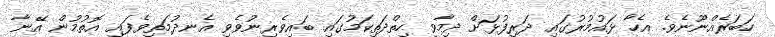
ހަބަރެއްނޫނެވެ. އެހާ ޅައުމުރުގައި ދަރިފުޅަށް ދިމާވި ހިތްދަތިކަމުގައި ބައިވެރިނުވެވި އެނދުމަތިވެފައި އޮތުމުން އޭނާ